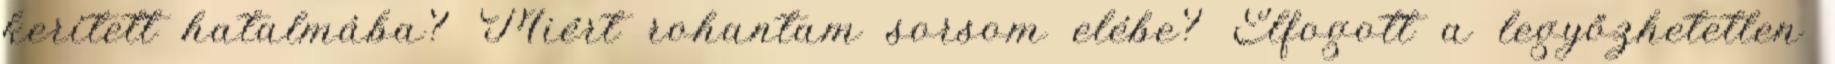
kerített hatalmába? Miért rohantam sorsom elébe? Elfogott a legyőzhetetlen